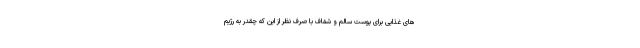
های غذایی برای پوست سالم و شفاف با صرف نظر از این که چقدر به رژیم